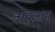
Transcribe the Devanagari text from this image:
वाइज़ाम